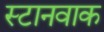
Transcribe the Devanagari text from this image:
स्टानवाक